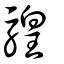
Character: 騜